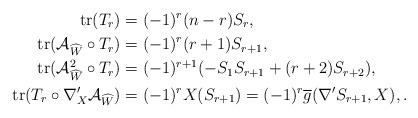
LaTeX: \begin{align*} \mathrm{tr}(T_{r}) & =(-1)^{r}(n-r) S_{r},\\ \mathrm{tr}(\mathcal{A}_{\widehat{W}}\circ T_{r}) & =(-1)^{r}(r+1)S_{r+1},\\ \mathrm{tr}(\mathcal{A}_{\widehat{W}}^{2}\circ T_{r}) & =(-1)^{r+1}(-S_{1} S_{r+1} + (r + 2) S_{r+2}),\\ \mathrm{tr}(T_{r}\circ\nabla'_{X} \mathcal{A}_{\widehat{W}}) & = (-1)^{r}X(S_{r+1})=(-1)^{r}\overline{g}(\nabla'S_{r+1},X),.\end{align*}